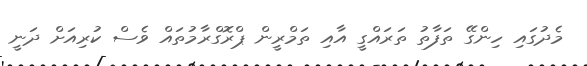
މެދުގައި ހިންގޭ ތަފާތު ތަރައްގީ އާއި ތަމްރީން ޕްރޮގްރާމުތައް ވެސް ކުރިއަށް ދަނީ